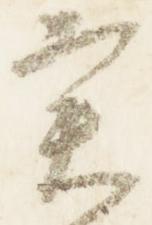
実